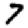
Digit: 7